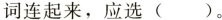
词连起来，应选 ( )。